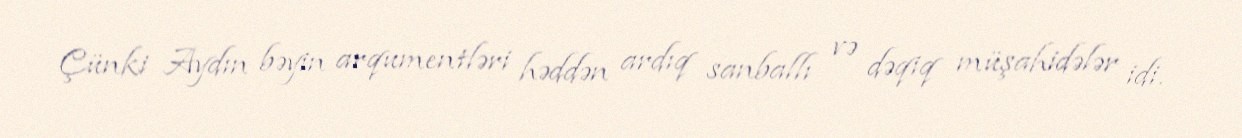
Çünki Aydın bəyin arqumentləri həddən ardıq sanballı və dəqiq müşahidələr idi.